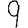
Digit: 9